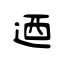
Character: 迺